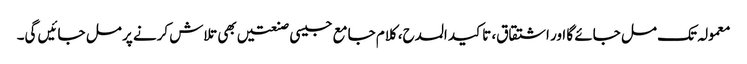
معمولہ تک مل جائے گا اور اشتقاق، تاکید المدح، کلام جامع جیسی صنعتیں بھی تلاش کرنے پر مل جائیں گی۔